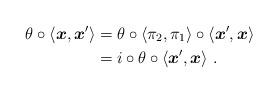
LaTeX: \begin{align*}\theta\circ \langle \boldsymbol x, \boldsymbol x' \rangle &= \theta\circ \langle \pi_2,\pi_1 \rangle\circ \langle \boldsymbol x', \boldsymbol x \rangle\\&= i\circ \theta \circ \langle \boldsymbol x', \boldsymbol x \rangle\;.\end{align*}